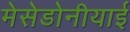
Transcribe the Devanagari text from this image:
मेसेडोनीयाई